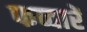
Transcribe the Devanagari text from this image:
फव्वारें